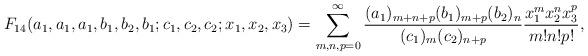
LaTeX: \begin{gather*}F_{14}(a_1,a_1,a_1,b_1,b_2,b_1;c_1,c_2,c_2;x_1,x_2,x_3) = \sum_{m,n,p=0}^\infty\frac{(a_1)_{m+n+p}(b_1)_{m+p}(b_2)_n}{(c_1)_m(c_2)_{n+p}} \frac{x_1^mx_2^nx_3^p}{m!n!p!},\end{gather*}